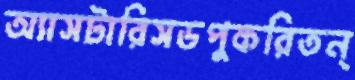
অ্যাসটারিসডপুকরিতন্